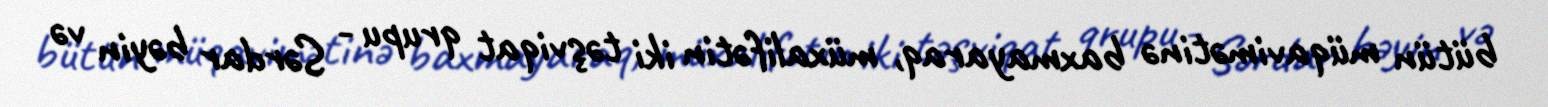
bütün müqavimətinə baxmayaraq, müxalifətin iki təşviqat qrupu - Sərdar bəyin və